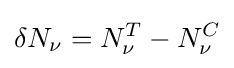
\delta N_{\nu }=N_{\nu }^{T}-N_{\nu }^{C}